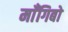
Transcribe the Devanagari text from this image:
माँगिबो